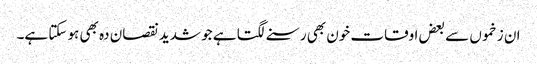
ان زخموں سے بعض اوقات خون بھی رسنے لگتا ہے جو شدید نقصان دہ بھی ہو سکتا ہے۔